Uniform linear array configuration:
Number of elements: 48
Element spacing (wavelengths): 0.75
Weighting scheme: kaiser
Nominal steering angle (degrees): -30
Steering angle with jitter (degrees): -31.687
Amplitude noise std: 0.05
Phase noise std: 0.05

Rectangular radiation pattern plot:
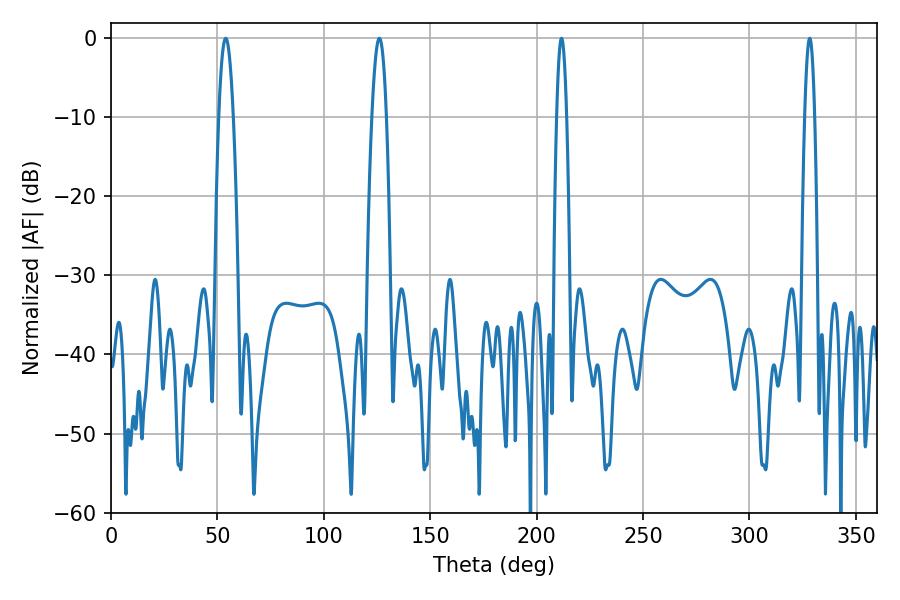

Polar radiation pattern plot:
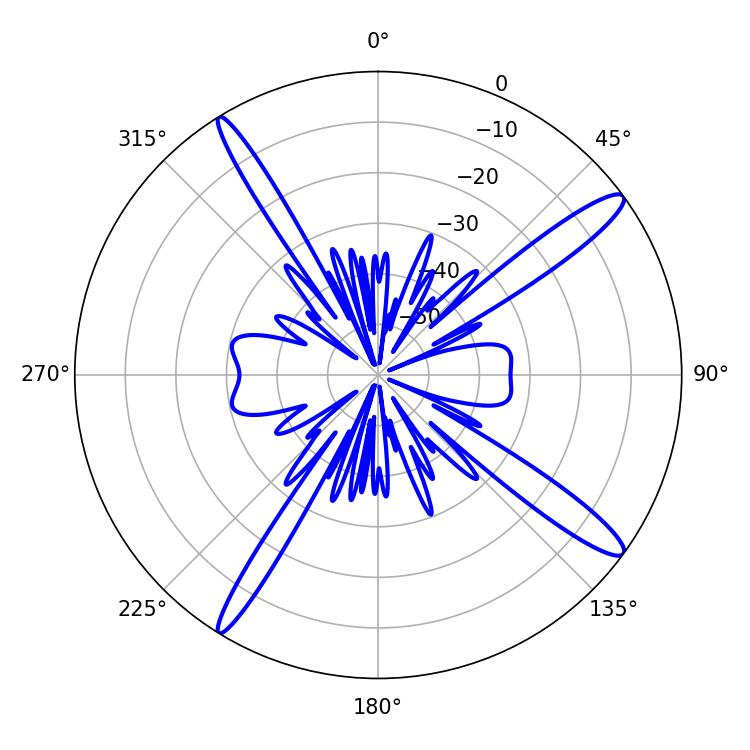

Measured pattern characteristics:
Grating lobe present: TRUE
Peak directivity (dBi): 15.009
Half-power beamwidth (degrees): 2.52
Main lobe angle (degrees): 211.68